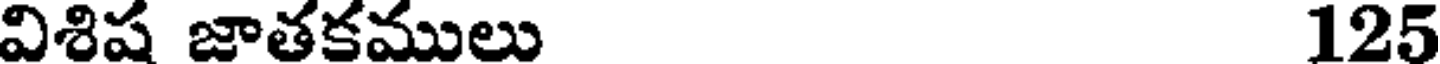
విశిష జాతకములు 125